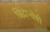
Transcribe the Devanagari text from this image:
छिद्रान्वेषी